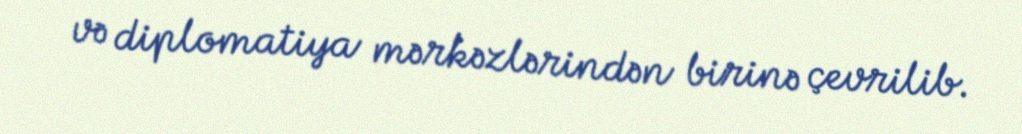
və diplomatiya mərkəzlərindən birinə çevrilib.